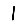
Digit: 1